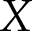
X